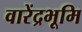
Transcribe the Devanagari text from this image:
वारेंद्रभूमि